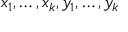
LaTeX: x _ { 1 } , \dots , x _ { k } , y _ { 1 } , \dots , y _ { k }